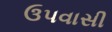
ઉપવાસી